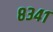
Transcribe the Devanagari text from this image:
८३४१